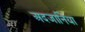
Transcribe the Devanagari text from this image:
अदजानिया